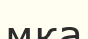
мка